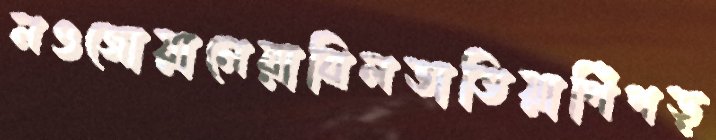
নওজোয়ানেরাবিলভাতিয়াপিঁপড়